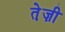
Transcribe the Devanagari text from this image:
ते़ज़ी